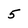
Character: 5